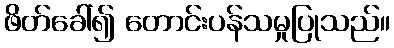
ဖိတ်ခေါ်၍ တောင်းပန်သမှုပြုသည်။